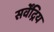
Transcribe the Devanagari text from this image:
सर्वेंद्रिय